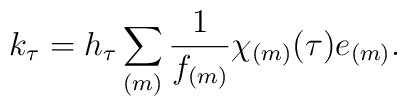
k_\tau=h_\tau\sum_{(m)}\frac{1}{f_{(m)}}\chi_{(m)}(\tau)e_{(m)}.